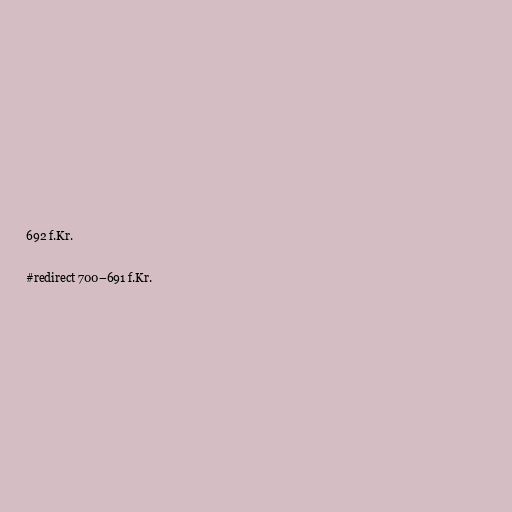
692 f.Kr.

#redirect 700–691 f.Kr.